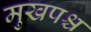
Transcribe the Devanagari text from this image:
मुखपश्च